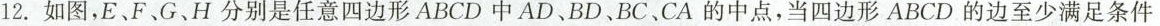
12.如图，E、F、G、H分别是任意四边形ABCD中AD、BD、BC、CA的中点，当四边形ABCD的边至少满足条件